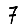
Digit: 7